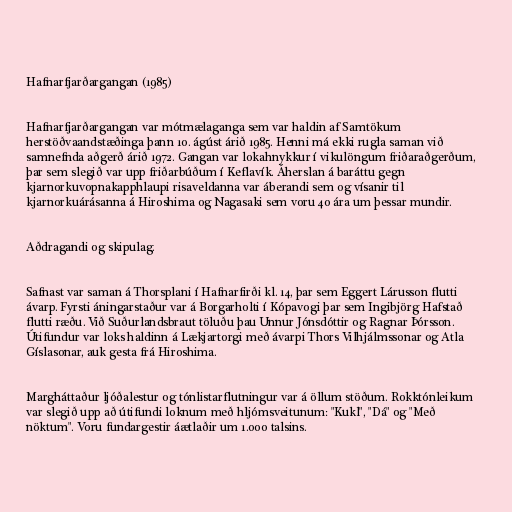
Hafnarfjarðargangan (1985)

Hafnarfjarðargangan var mótmælaganga sem var haldin af Samtökum
herstöðvaandstæðinga þann 10. ágúst árið 1985. Henni má ekki rugla saman við
samnefnda aðgerð árið 1972. Gangan var lokahnykkur í vikulöngum friðaraðgerðum,
þar sem slegið var upp friðarbúðum í Keflavík. Áherslan á baráttu gegn
kjarnorkuvopnakapphlaupi risaveldanna var áberandi sem og vísanir til
kjarnorkuárásanna á Hiroshima og Nagasaki sem voru 40 ára um þessar mundir.

Aðdragandi og skipulag.

Safnast var saman á Thorsplani í Hafnarfirði kl. 14, þar sem Eggert Lárusson flutti
ávarp. Fyrsti áningarstaður var á Borgarholti í Kópavogi þar sem Ingibjörg Hafstað
flutti ræðu. Við Suðurlandsbraut töluðu þau Unnur Jónsdóttir og Ragnar Þórsson.
Útifundur var loks haldinn á Lækjartorgi með ávarpi Thors Vilhjálmssonar og Atla
Gíslasonar, auk gesta frá Hiroshima.

Margháttaður ljóðalestur og tónlistarflutningur var á öllum stöðum. Rokktónleikum
var slegið upp að útifundi loknum með hljómsveitunum: "Kukl", "Dá" og "Með
nöktum". Voru fundargestir áætlaðir um 1.000 talsins.